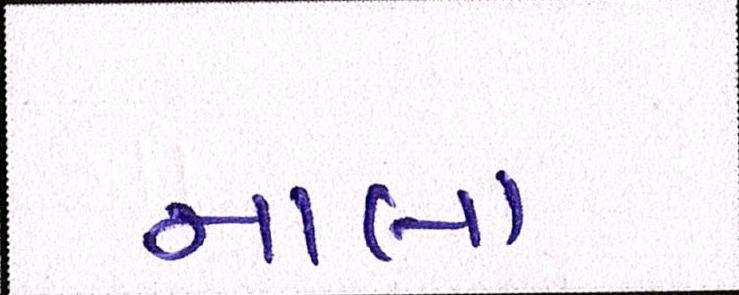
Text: નાલા